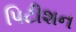
પિટીશન